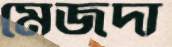
মেজদা